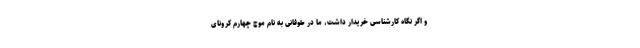
و اگر نگاه کارشناسی خریدار داشت، ما در طوفانی به نام موج چهارم کرونای